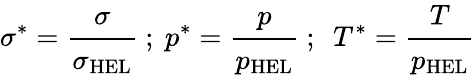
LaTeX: \sigma^{*}={\cfrac{\sigma}{\sigma_{\mathrm{{HEL}}}}}~;~p^{*}={\cfrac{p}{p_{\mathrm{{HEL}}}}}~;~~T^{*}={\cfrac{T}{p_{\mathrm{{HEL}}}}}